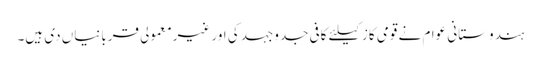
ہندوستانی عوام نے قومی کاز کیلئے کافی جدوجہد کی اور غیرمعمولی قربانیاں دی ہیں۔